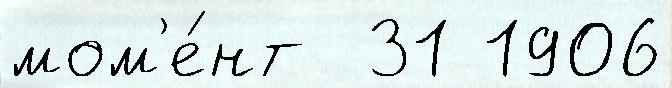
мом'е́нт  31 1906